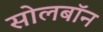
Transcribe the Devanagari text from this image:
सोलबॉन